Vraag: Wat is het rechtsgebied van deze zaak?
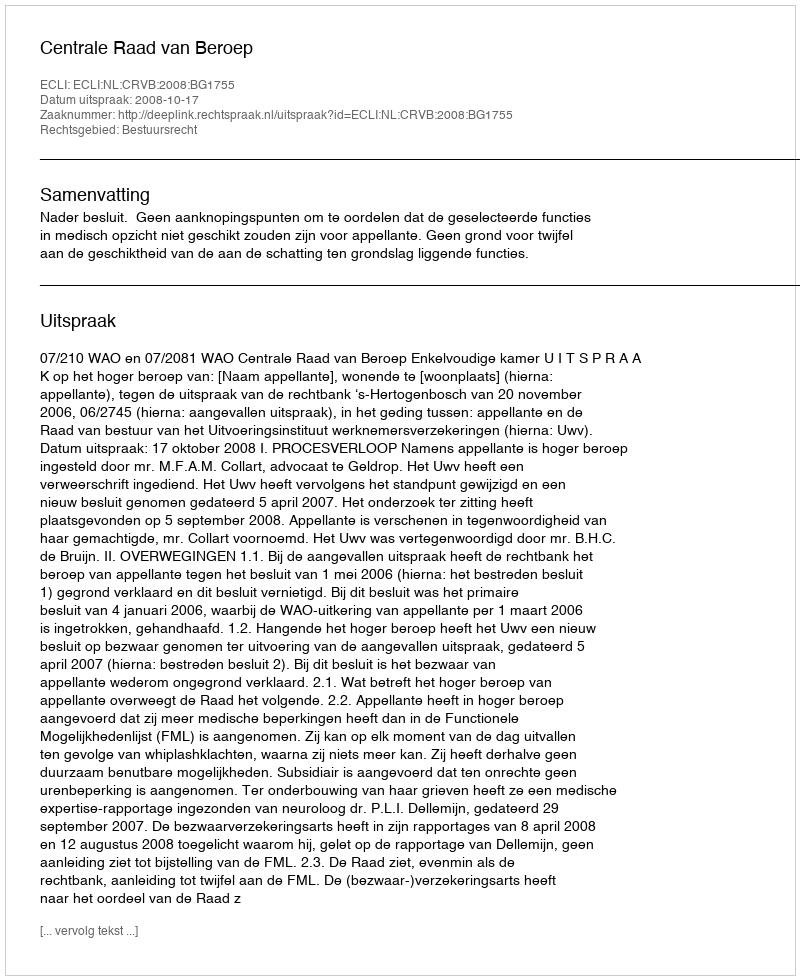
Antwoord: Bestuursrecht